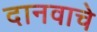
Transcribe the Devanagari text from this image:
दानवाचे